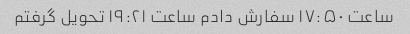
ساعت ۱۷:۵۰ سفارش دادم ساعت ۱۹:۲۱ تحویل گرفتم